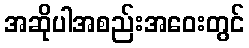
အဆိုပါအစည်းအဝေးတွင်